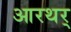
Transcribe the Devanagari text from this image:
आरथर्